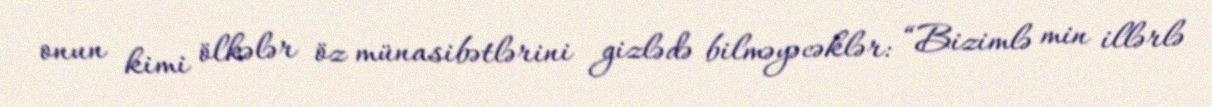
onun kimi ölkələr öz münasibətlərini gizlədə bilməyəcəklər: “Bizimlə min illərlə